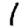
Digit: 1